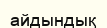
айдындық